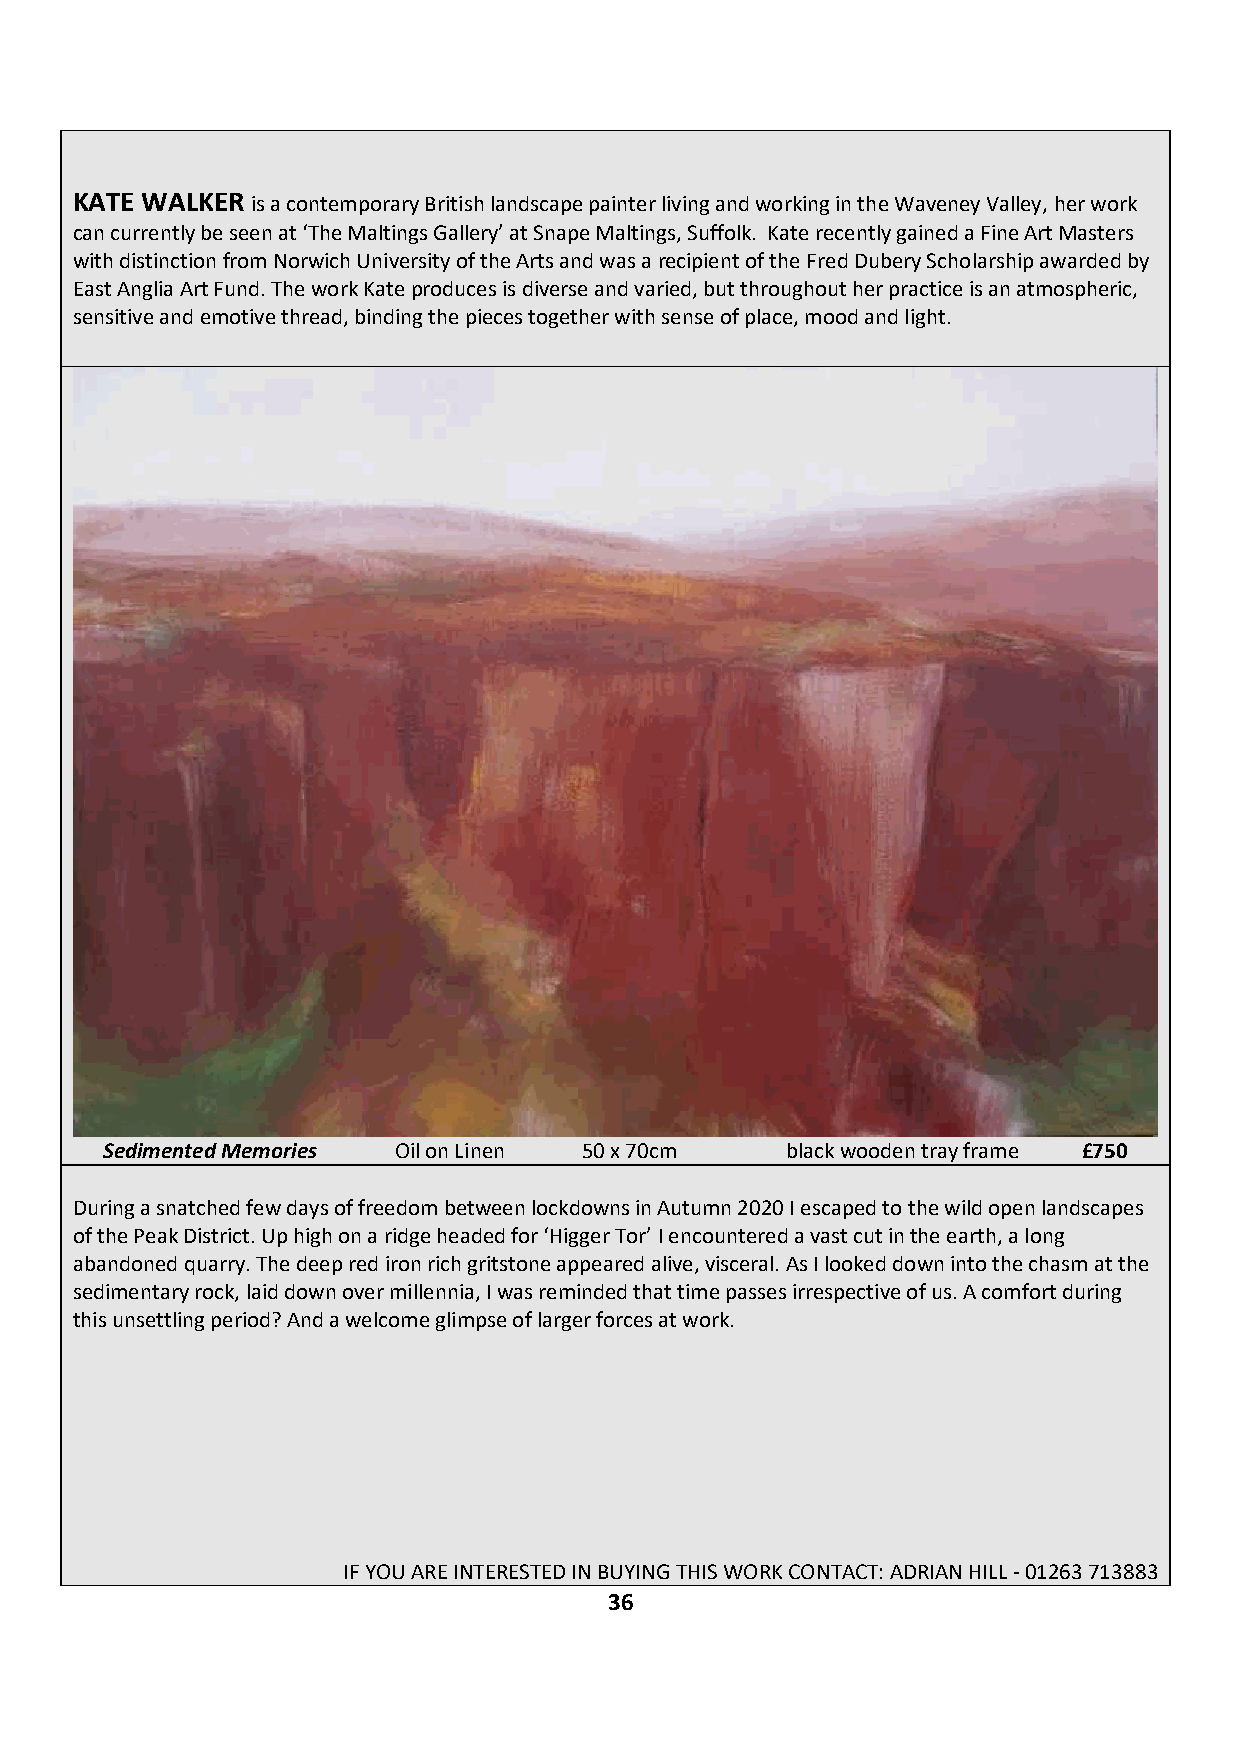
KATE WALKER is a contemporary British landscape painter living and working in the Waveney Valley, her work
 can currently be seen at ‘The Maltings Gallery’ at Snape Maltings, Suffolk. Kate recently gained a Fine Art Masters
 with distinction from Norwich University of the Arts and was a recipient of the Fred Dubery Scholarship awarded by
 East Anglia Art Fund. The work Kate produces is diverse and varied, but throughout her practice is an atmospheric,
 sensitive and emotive thread, binding the pieces together with sense of place, mood and light.
 Sedimented Memories Oil on Linen 50 x 70cm   black wooden tray frame £750
 During a snatched few days of freedom between lockdowns in Autumn 2020 I escaped to the wild open landscapes
 of the Peak District. Up high on a ridge headed for ‘Higger Tor’ I encountered a vast cut in the earth, a long
 abandoned quarry. The deep red iron rich gritstone appeared alive, visceral. As I looked down into the chasm at the
 sedimentary rock, laid down over millennia, I was reminded that time passes irrespective of us. A comfort during
 this unsettling period? And a welcome glimpse of larger forces at work.
 IF YOU ARE INTERESTED IN BUYING THIS WORK CONTACT: ADRIAN HILL - 01263 713883
 36